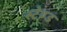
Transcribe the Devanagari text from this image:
स्‍टेण्‍ड